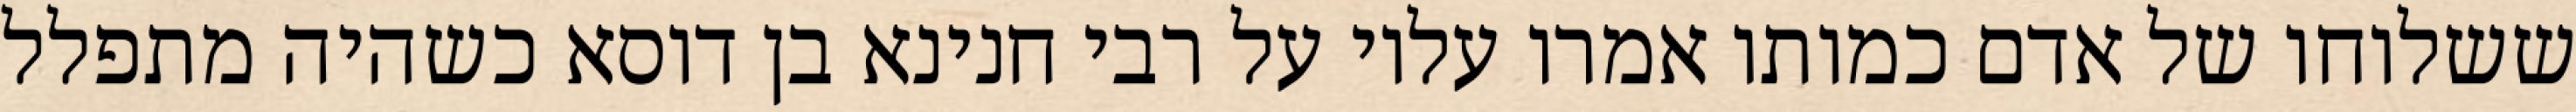
ששלוחו של אדם כמותו אמרו עליו על רבי חנינא בן דוסא כשהיה מתפלל